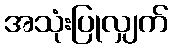
အသုံးပြုလျှက်